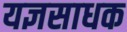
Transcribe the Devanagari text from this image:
यज्ञसाधक